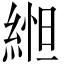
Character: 𬗥